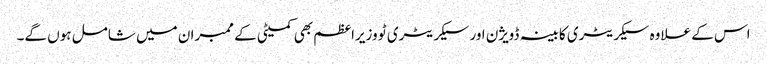
اس کے علاوہ سیکریٹری کابینہ ڈویژن اور سیکریٹری ٹو وزیراعظم بھی کمیٹی کے ممبران میں شامل ہوں گے۔